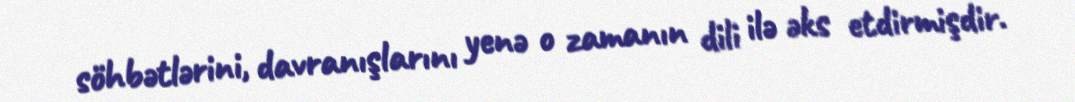
söhbətlərini, davranışlarını yenə o zamanın dili ilə əks etdirmişdir.